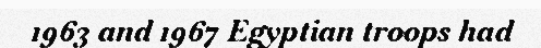
1963 and 1967 Egyptian troops had